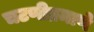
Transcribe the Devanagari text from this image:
चटणीप्रमाणे